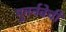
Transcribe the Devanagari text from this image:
पुनर्नवेची